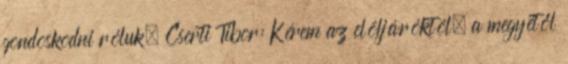
gondoskodni róluk. Cserti Tibor: Kérem az elöljáróktól, a megyétől